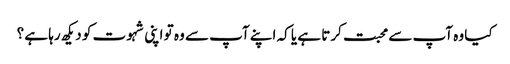
کیا وہ آپ سے محبت کرتا ہے یا کہ اپنے آپ سے وہ تو اپنی شہوت کو دیکھ رہا ہے ؟